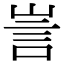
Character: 訔